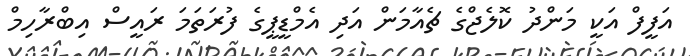
އަފީފް އަކީ މަންދު ކޮލެޖްގެ ޗެއާމަން އަދި އެމްޑީޕީގެ ފުރަތަމަ ރައީސް އިބްރާހިމް